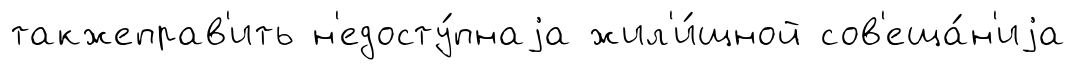
такжеправ'ить н'едосту́пнаjа жил'и́щной сов'еща́н'иjа